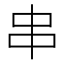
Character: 串